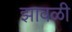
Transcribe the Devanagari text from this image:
झावळी